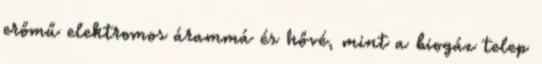
erőmű elektromos árammá és hővé, mint a biogáz telep